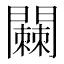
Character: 𬮓